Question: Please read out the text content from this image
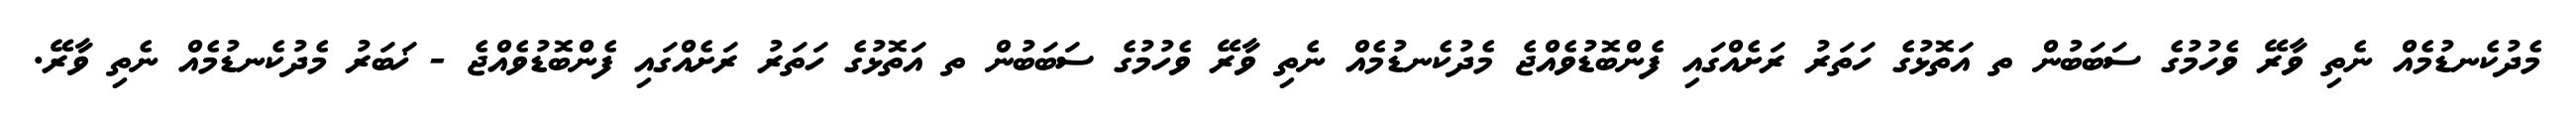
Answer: މެދުކެނޑުމެއް ނެތި ވާރޭ ވެހުމުގެ ސަބަބުން ތ އަތޮޅުގެ ހަތަރު ރަށެއްގައި ފެންބޮޑުވެއްޖެ މެދުކެނޑުމެއް ނެތި ވާރޭ ވެހުމުގެ ސަބަބުން ތ އަތޮޅުގެ ހަތަރު ރަށެއްގައި ފެންބޮޑުވެއްޖެ - ޚަބަރު މެދުކެނޑުމެއް ނެތި ވާރޭ.